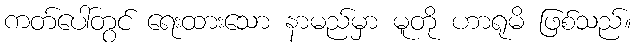
ကတ်ပေါ်တွင် ရေးထားသော နာမည်မှာ မူတို ဟာရုမိ ဖြစ်သည်။